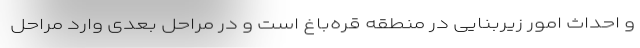
و احداث امور زیربنایی در منطقه قره‌باغ است و در مراحل بعدی وارد مراحل